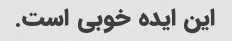
این ایده خوبی است.